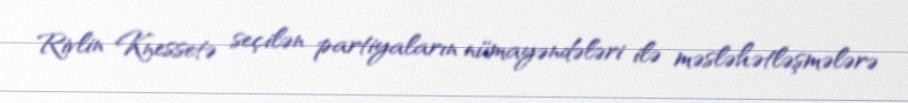
Rivlin Knessetə seçilən partiyaların nümayəndələri ilə məsləhətləşmələrə